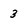
Character: 3